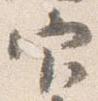
官